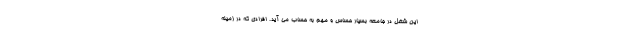
این شغل در جامعه بسیار حساس و مهم به حساب می آید. افرادی که در زمینه